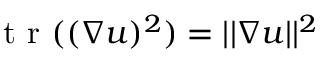
\mathrm { ~ t ~ r ~ } ( ( \nabla \boldsymbol { u } ) ^ { 2 } ) = | | \nabla \boldsymbol { u } | | ^ { 2 }